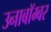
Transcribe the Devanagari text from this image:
उनाबॉम्बर